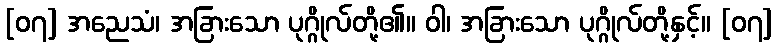
[၀၇] အညေသံ၊ အခြားသော ပုဂ္ဂိုလ်တို့၏။ ဝါ၊ အခြားသော ပုဂ္ဂိုလ်တို့နှင့်။ [၀၇]